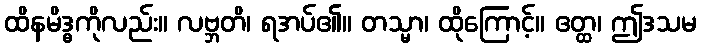
ထိနမိဒ္ဓကိုလည်း။ လဗ္ဘတိ၊ ရအပ်၏။ တသ္မာ၊ ထိုကြောင့်။ ဧတ္ထ၊ ဤဒသမ